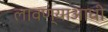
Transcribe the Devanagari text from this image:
लावण्‍याआधी